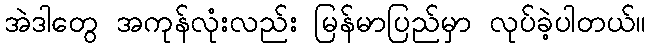
အဲဒါတွေ အကုန်လုံးလည်း မြန်မာပြည်မှာ လုပ်ခဲ့ပါတယ်။